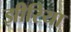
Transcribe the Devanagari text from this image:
झीरिया